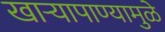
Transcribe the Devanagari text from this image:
खार्‍यापाण्यामुळे